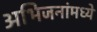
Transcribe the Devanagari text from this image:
अभिजनांमध्ये